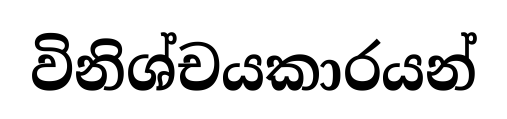
විනිශ්චයකාරයන්